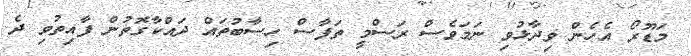
މަޑޫރޯ އެހެން ވިދާޅުވި ނަމަވެސް ރަސްމީ ތަފާސް ހިސާބުތައް ދައްކާގޮތުން ފާއިތުވި ދެ